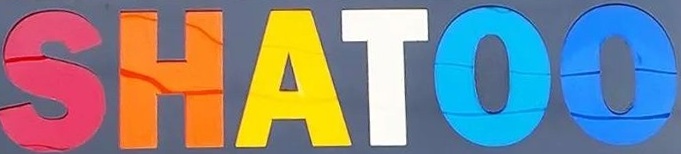
SHATOO